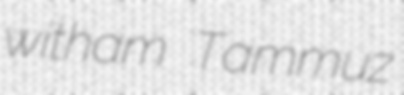
witham Tammuz